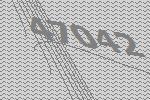
47042